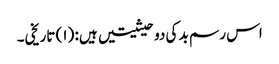
اس رسم بد کی دو حیثیتیں ہیں: (۱) تاریخی۔